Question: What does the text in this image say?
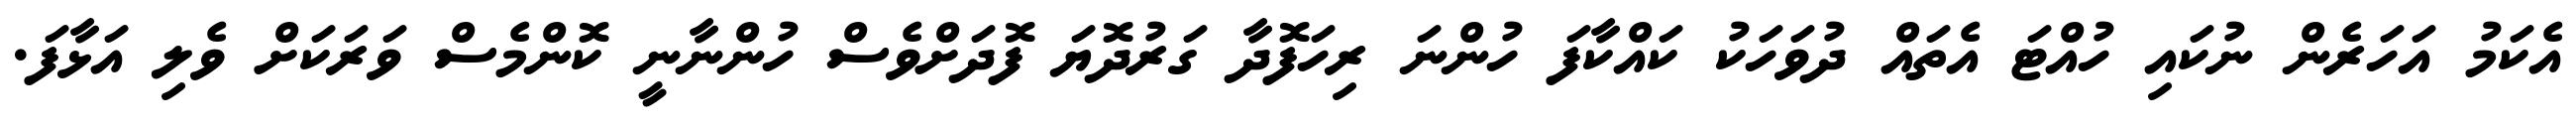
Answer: އެކަމު އަހަރެން ނުކައި ހުއްޓަ އެތައް ދުވަހަކު ކައްކާފަ ހުންނަ ރިހަފޮދާ ގަރުދޮޔަ ފޮދަށްވެސް ހުންނާނީ ކޮންމެސް ވަރަކަށް ވެލި އަޅާފަ.